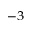
^ { - 3 }